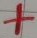
Text: +